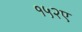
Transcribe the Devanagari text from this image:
१५२ए